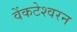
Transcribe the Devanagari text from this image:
वेंकटेश्वरन